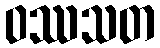
ဝဿသတ